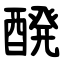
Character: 醗